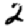
Digit: 2